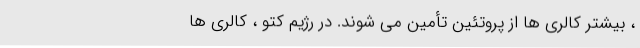
، بیشتر کالری ها از پروتئین تأمین می شوند. در رژیم کتو ، کالری ها